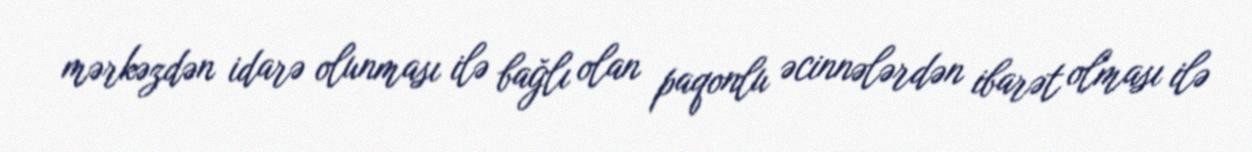
mərkəzdən idarə olunması ilə bağlı olan paqonlu əcinnələrdən ibarət olması ilə